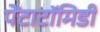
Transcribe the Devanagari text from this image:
पेंटाटॉमिडी